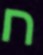
ח